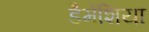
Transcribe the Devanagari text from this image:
डैमेंशिया